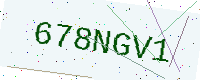
Text: 678NGV1